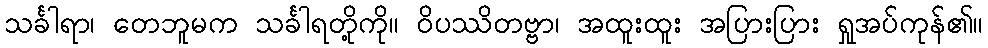
သင်္ခါရာ၊ တေဘူမက သင်္ခါရတို့ကို။ ဝိပဿိတဗ္ဗာ၊ အထူးထူး အပြားပြား ရှုအပ်ကုန်၏။